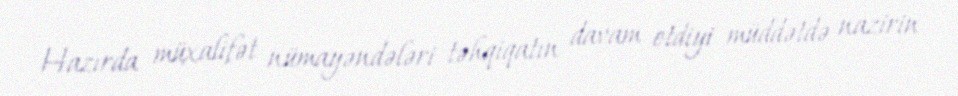
Hazırda müxalifət nümayəndələri təhqiqatın davam etdiyi müddətdə nazirin